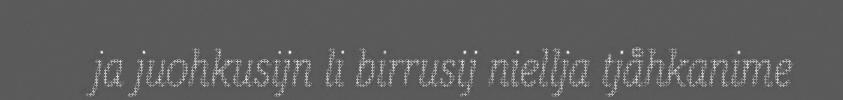
ja juohkusijn li birrusij niellja tjåhkanime